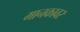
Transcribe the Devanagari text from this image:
मानकावर